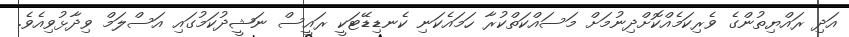
އަދި ރައްޔިތުންގެ ވެރިކަމެއްކޮށްދިނުމަށް މަސައްކަތްކުރާ ހަމައެކަނި ކެނޑިޑޭޓަކީ ރައީސް ނަޝީދުކަމުގައި އަސްލަމް ވިދާޅުވިއެވެ.